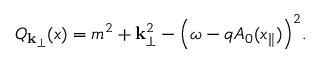
Q _ { { \bf k } _ { \perp } } ( x ) = m ^ { 2 } + { \bf k } _ { \perp } ^ { 2 } - \Bigl ( \omega - q A _ { 0 } ( x _ { \parallel } ) \Bigr ) ^ { 2 } .